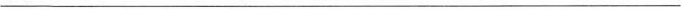
___